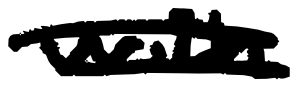
Text: with
Cross-out: double-line
Writing tool: digital_black